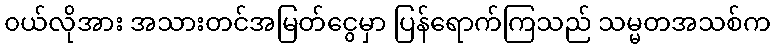
၀ယ်လိုအား အသားတင်အမြတ်ငွေမှာ ပြန်ရောက်ကြသည် သမ္မတအသစ်က